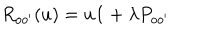
LaTeX: R _ { o o ^ { \prime } } ( u ) = u { \bf 1 } + \lambda P _ { o o ^ { \prime } }